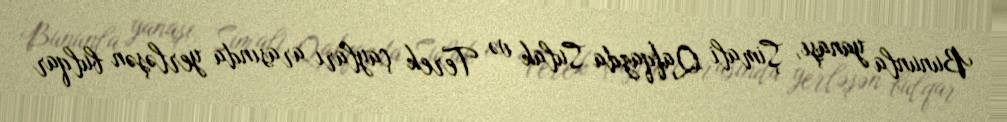
Bununla yanaşı, Şimali Qafqazda Sulak və Terek çayları arasında yerləşən bulqar